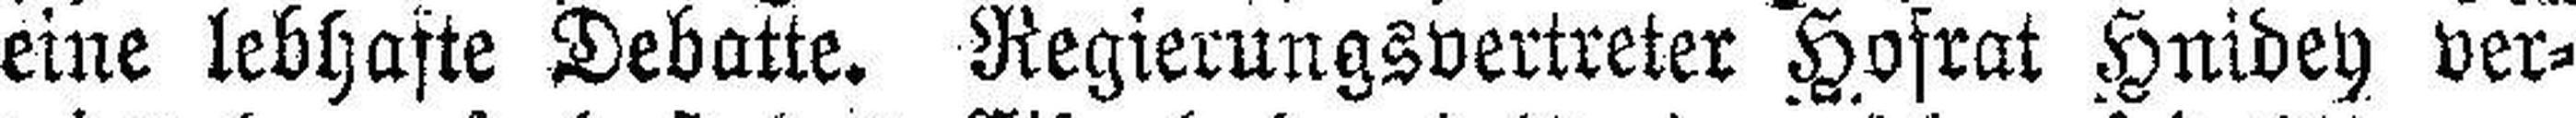
eine lebhafte Debatte. Regierungsvertreter Hofrat Hnidey ver¬